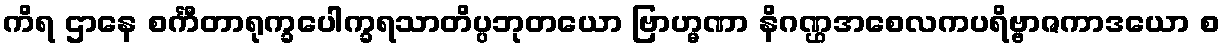
ကိရ ဌာနေ စင်္ကီတာရုက္ခပေါက္ခရသာတိပ္ပဘုတယော ဗြာဟ္မဏာ နိဂဏ္ဌအစေလကပရိဗ္ဗာဇကာဒယော စ